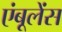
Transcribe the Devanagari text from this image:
एंबूलेंस